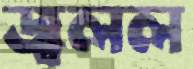
জ্বলল